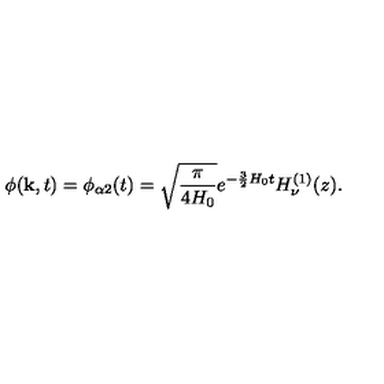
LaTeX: \phi ( { \bf k } , t ) = \phi _ { \alpha 2 } ( t ) = \sqrt { \frac { \pi } { 4 H _ { 0 } } } e ^ { - \frac { 3 } { 2 } H _ { 0 } t } H _ { \nu } ^ { ( 1 ) } ( z ) .